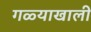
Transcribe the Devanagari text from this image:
गळ्याखाली